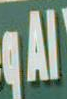
all